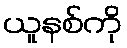
ယူနစ်ကို